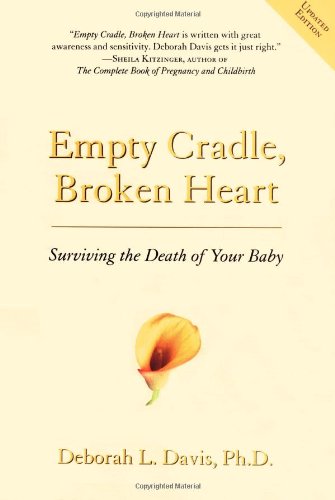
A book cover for Empty Cradle, Broken Heart, Revised Edition: Surviving the Death of Your Baby; Deborah L. Davis; Self-Help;